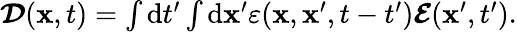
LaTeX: \begin{array}{r}{\boldsymbol{\mathcal{D}}(\mathbf{x},t)=\int\mathrm{d}t^{\prime}\int\mathrm{d}\mathbf{x}^{\prime}\varepsilon(\mathbf{x},\mathbf{x}^{\prime},t-t^{\prime})\boldsymbol{\mathcal{E}}(\mathbf{x}^{\prime},t^{\prime}).}\end{array}